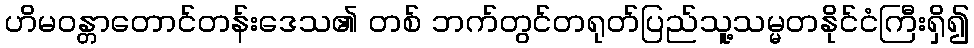
ဟိမဝန္တာတောင်တန်းဒေသ၏ တစ် ဘက်တွင်တရုတ်ပြည်သူ့သမ္မတနိုင်ငံကြီးရှိ၍